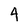
Character: 4